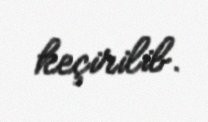
keçirilib.